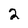
Character: 2